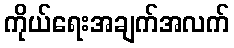
ကိုယ်ရေးအချက်အလက်